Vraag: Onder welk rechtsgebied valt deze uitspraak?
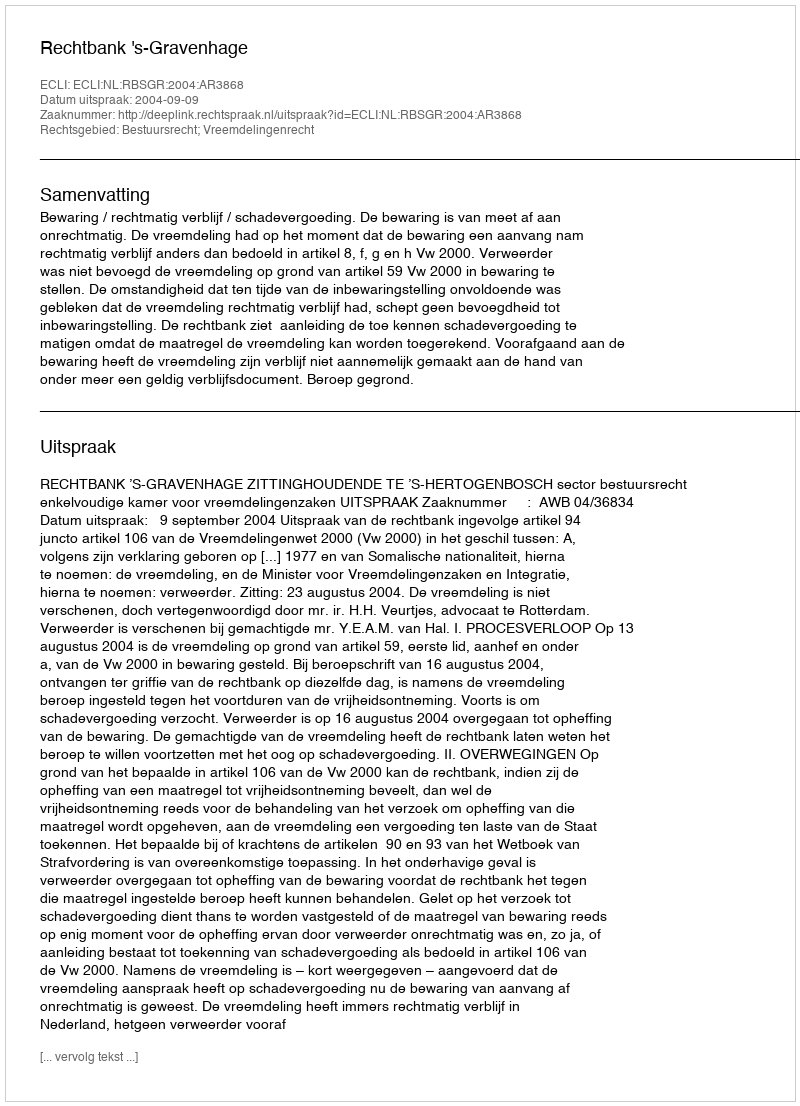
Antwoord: Bestuursrecht; Vreemdelingenrecht